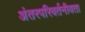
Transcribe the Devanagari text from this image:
अंतरपरिवर्तनीयता